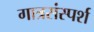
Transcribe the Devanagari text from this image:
गात्रसंस्पर्श